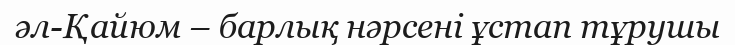
әл-Қайюм – барлық нәрсені ұстап тұрушы